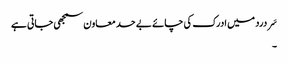
سَر درد میں ادرک کی چائے بے حد معاون سمجھی جاتی ہے
۔